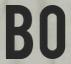
BO